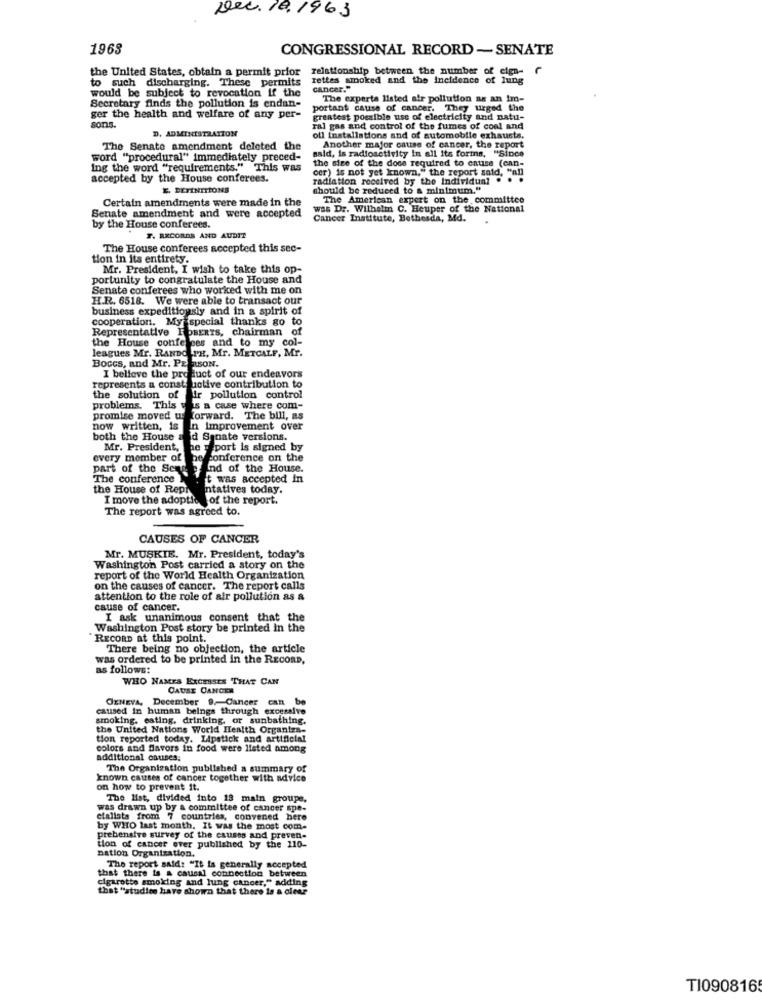
Dec. 18. 1963
1968
CONGRESSIONAL RECORD -SENATE
the United States, obtain a permit prior
relationship between the number of eign-
to such discharging. These permits
rettes smoked and the Incidence of lung
would be subject to revocation if the
cancer."
Secretary finds the pollution is endan-
The experts listed air pollution as an im-
portant cause of cancer. They urged the
ger the health and welfare of any per-
greatest possible use of electricity and natu-
sons.
D. ADMINISTRATION
ral gas and control of the fumes of coal and
ofl installations and of automobile exhausts.
The Senate amendment deleted the
said, is radioactivity In all its forms, "Since
Another major cause of cancer, the report
word "procedural" immediately preced-
the size of the dose required to cause (can-
Ing the word "requirements." This was
cer) is not yet known," the report said, "all
accepted by the House conferees.
radiation received by the Individual
E. DEFINITIONS
should be reduced to a minimum."
Certain amendments were made in the
The American expert on the committee
was Dr. Wilhelm C. Heuper of the National
Senate amendment and were accepted
Cancer Institute, Bethesda, Md.
by the House conferees.
F. RECORDS AND AUDIT
The House conferees accepted this sec-
tion in its entirety.
Mr. President, I wish to take this op-
portunity to congratulate the House and
Senate conferees who worked with me on
H.R. 6518. We were able to transact our
business expeditionsly and in a spirit of
cooperation. My special thanks go to
Representative ROBERTS, chairman of
the House confe ses and to my col-
leagues Mr. RANDOLPH, Mr. METCALF, Mr.
Boccs, and Mr. PERS
I believe the product of our endeavors
represents a constructive contribution to
the solution of air pollution control
problems. This was a case where com-
promise moved us forward. The bill, as
In Improvement over
both the House and Senate versions.
Mr. President,
report is signed by
every member of
conference on the
part of the Seas
End of the House.
The conference
t was accepted in
the House of Repr
ntatives today.
I move the adoptie of the report.
The report was agreed to.
CAUSES OF CANCER
Mr. MUSKIE. Mr. President, today's
Washington Post carried a story on the
report of the World Health Organization
on the causes of cancer. The report calls
attention to the role of air pollution as &
cause of cancer.
I ask unanimous consent that the
Washington Post story be printed in the
RECORD at this point.
There being no objection, the article
was ordered to be printed in the RECORD,
as follows:
WHO NAMES EXCESSES THAT CAN
CAUSE CANCER
GENEVA, December 9, Cancer can be
caused in human beings through excessive
smoking, esting, drinking, or sunbathing.
the United Nations World Health Organiza-
tion reported today. Lipstick and artificial
colors and favors in food were listed among
additional ostises;
The Organization published a summary of
known causes of cancer together with advice
on how to prevent it.
The list, divided into 13 main groupe,
was drawn up by a committee of cancer spe-
etallata from 7 countries, convened here
by WHO last month. It was the most com-
prebensive survey of the causes and preven-
tion of cancer ever published by the 110-
nation Organization.
that there is a causal connection between
The report said: "It is generally accepted
cigarette smoking and lung cancer," adding
that "studies have shown that there is a clear
TI090816